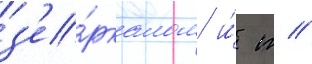
з'е́ркалом и́ т //